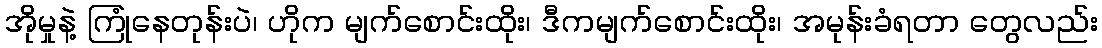
အိုမှုနဲ့ ကြုံနေတုန်းပဲ၊ ဟိုက မျက်စောင်းထိုး၊ ဒီကမျက်စောင်းထိုး၊ အမုန်းခံရတာ တွေလည်း